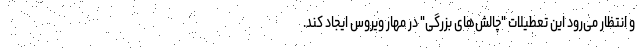
و انتظار می‌رود این تعطیلات "چالش‌های بزرگی" در مهار ویروس ایجاد کند.